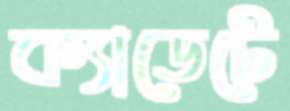
ক্যাডেটে